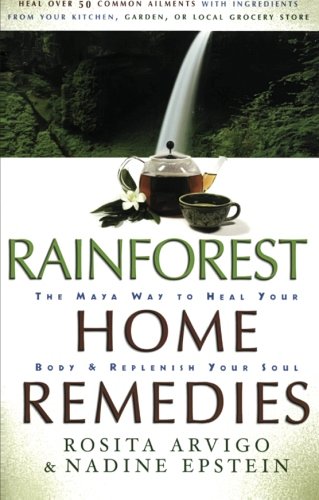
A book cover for Rainforest Home Remedies: The Maya Way To Heal Your Body and Replenish Your Soul; Rosita Arvigo; Health, Fitness & Dieting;